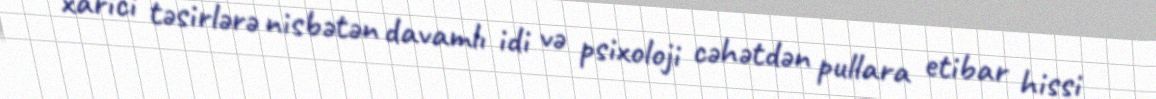
xarici təsirlərə nisbətən davamlı idi və psixoloji cəhətdən pullara etibar hissi